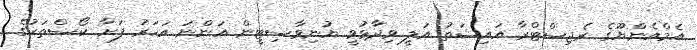
އެމްއެންޔޫގެ ރެޖިސްޓްރާ އައިޝަތު އަލީ ވިދާޅުވީ ޔުނިވާސިޓީން އަންނަ އަހަރު ފަށާ ކޯސްތަކުގެ